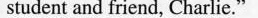
student and friend, Charlie."